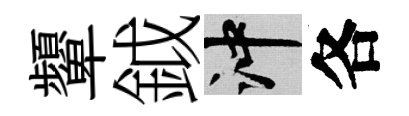
顰鉞冲各